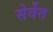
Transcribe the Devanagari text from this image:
सेर्वेत